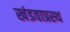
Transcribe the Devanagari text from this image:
खंडवाप्रस्थ